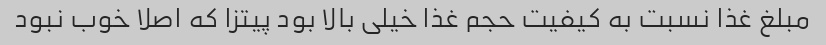
مبلغ غذا نسبت به کیفیت حجم غذا خیلی بالا بود پیتزا که اصلا خوب نبود